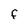
Character: f